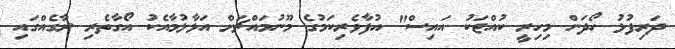
ދަރިފުޅު ހޯދަން މިހިރީ ކުއްޖަކު އައިސް" އުފާވެރިކަމުގެ މޫނުމައްޗަށް އަޅާލުމާއެކު އޯގާތެރި ރާގެއްގައި